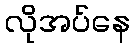
လိုအပ်နေ